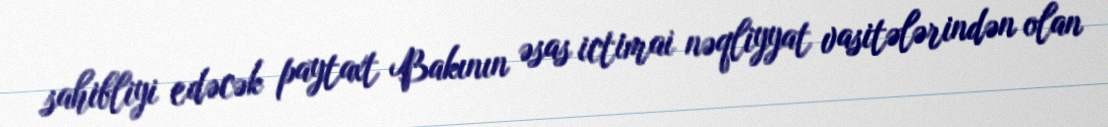
sahibliyi edəcək paytaxt Bakının əsas ictimai nəqliyyat vasitələrindən olan